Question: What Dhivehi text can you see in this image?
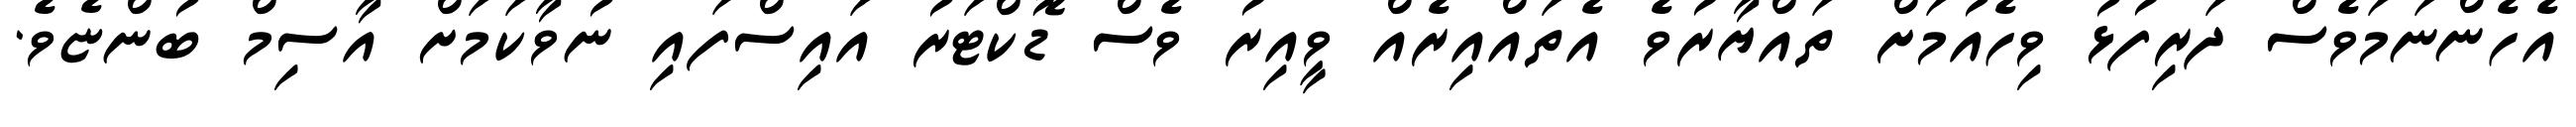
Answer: އެހެންނަމަވެސް ދަރިފުޅު ވިހެއުމަށް ތައްޔާރުވެ އެތައްއިރެއް ވީއިރު ވެސް ޑޮކްޓަރު އައިސްފައި ނުވާކަމަށް އާސިމް ބުންޏެވެ.